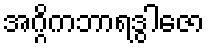
အဂ္ဂိကဘာရဒွါဇော